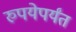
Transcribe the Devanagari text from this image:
रुपयेपर्यंत